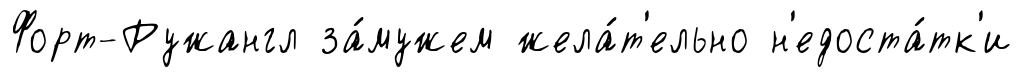
Форт-Ружангл за́мужем жела́т'ельно н'едоста́тк'и